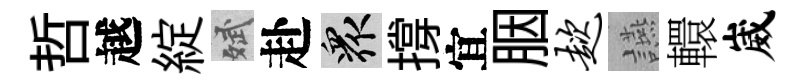
哲越綻斌赴衆撐宜胭趑讌轘崴